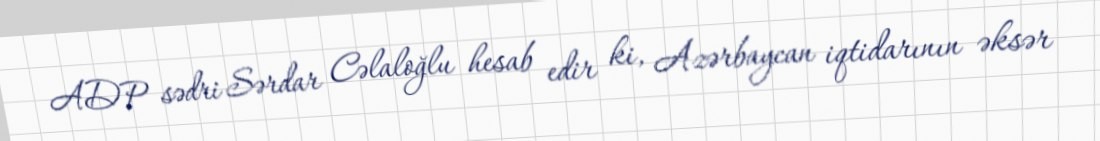
ADP sədri Sərdar Cəlaloğlu hesab edir ki, Azərbaycan iqtidarının əksər